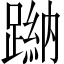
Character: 𨃺